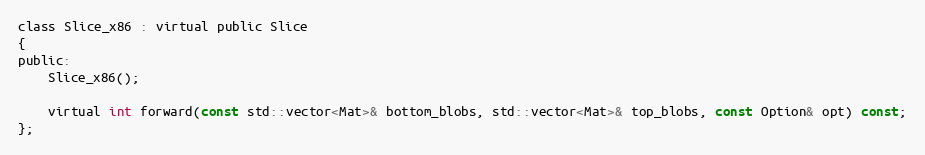
Language: C
class Slice_x86 : virtual public Slice
{
public:
    Slice_x86();

    virtual int forward(const std::vector<Mat>& bottom_blobs, std::vector<Mat>& top_blobs, const Option& opt) const;
};